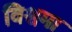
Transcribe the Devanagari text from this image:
विश्वमा